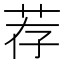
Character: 荐